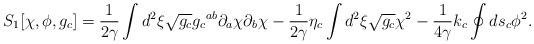
LaTeX: \begin{align*}{S_1}[\chi,\phi,{g_c}]={1\over{2\gamma}}\int{d^2}\xi\sqrt{g_c}{{g_c}^{ab}}{\partial_a}\chi{\partial_b}\chi-{1\over{2\gamma}}{\eta_c}\int{d^2}\xi\sqrt{g_c}{\chi^2}-{1\over{4\gamma}}{k_c}\oint{d}{s_c}{\phi^2}.\end{align*}